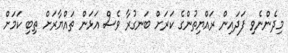
މިދެންނެވި ފަދައިން ރައްޔިތުންގެ ކަރަށް ބަނގުރާ ވެސް އަޅަން ތައްޔާރަށް ތިބި ކަމަށް